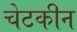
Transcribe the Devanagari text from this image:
चेटकीन